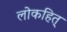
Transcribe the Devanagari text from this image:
लोकहित्